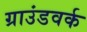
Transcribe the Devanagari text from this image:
ग्राउंडवर्क